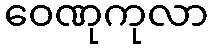
ဝေဏုကုလာ